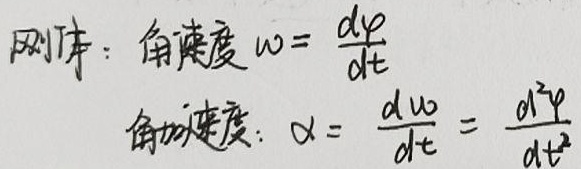
刚体：角速度\(\omega = \frac{d\varphi}{dt}\)，角加速度：\(\alpha = \frac{d\omega}{dt} = \frac{d^{2}\varphi}{dt^{2}}\)